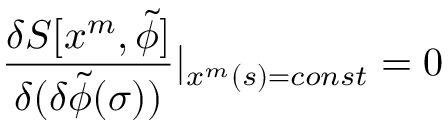
\frac { \delta S [ x ^ { m } , \widetilde { \phi } ] } { \delta ( \delta \widetilde { \phi } ( \sigma ) ) } | _ { x ^ { m } ( s ) = c o n s t } = 0